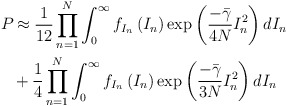
\begin{align*}{{P}_{}}&\approx \frac{1}{12}\prod\limits_{n=1}^{N}{\int_{0}^{\infty }{{{f}_{{{I}_{n}}}}\left( {{I}_{n}} \right)}}\exp \left( \frac{-\bar{\gamma }}{4N}I_{n}^{2} \right)d{{I}_{n}}\\&+\frac{1}{4}\prod\limits_{n=1}^{N}{\int_{0}^{\infty }{{{f}_{{{I}_{n}}}}\left( {{I}_{n}} \right)}}\exp \left( \frac{-\bar{\gamma }}{3N}I_{n}^{2} \right)d{{I}_{n}}\end{align*}